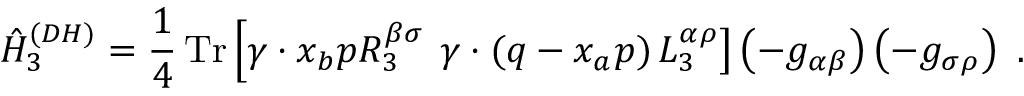
\hat { H } _ { 3 } ^ { ( D H ) } = \frac { 1 } { 4 } \, \mathrm { T r } \left[ \gamma \cdot x _ { b } p R _ { 3 } ^ { \beta \sigma } \right. \left. \gamma \cdot ( q - x _ { a } p ) \, L _ { 3 } ^ { \alpha \rho } \right] \left( - g _ { \alpha \beta } \right) \left( - g _ { \sigma \rho } \right) \ .